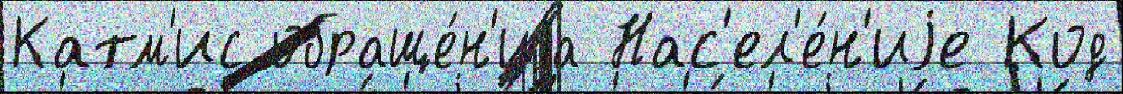
Катм'ис обраще́н'иjа Нас'ел'е́н'иjе Код